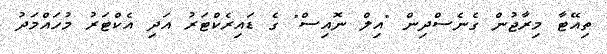
ތިއޭޓާ މިރާޖުން ގެނެސްދިން "އިލް ނޮއިސް" ގެ ޑައިރެކްޓަރު އަދި އެކްޓަރު މުހައްމަދު